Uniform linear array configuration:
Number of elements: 64
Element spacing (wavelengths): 0.25
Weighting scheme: blackman
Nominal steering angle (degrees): -30
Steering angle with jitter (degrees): -28.736
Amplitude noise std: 0.05
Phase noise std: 0.05

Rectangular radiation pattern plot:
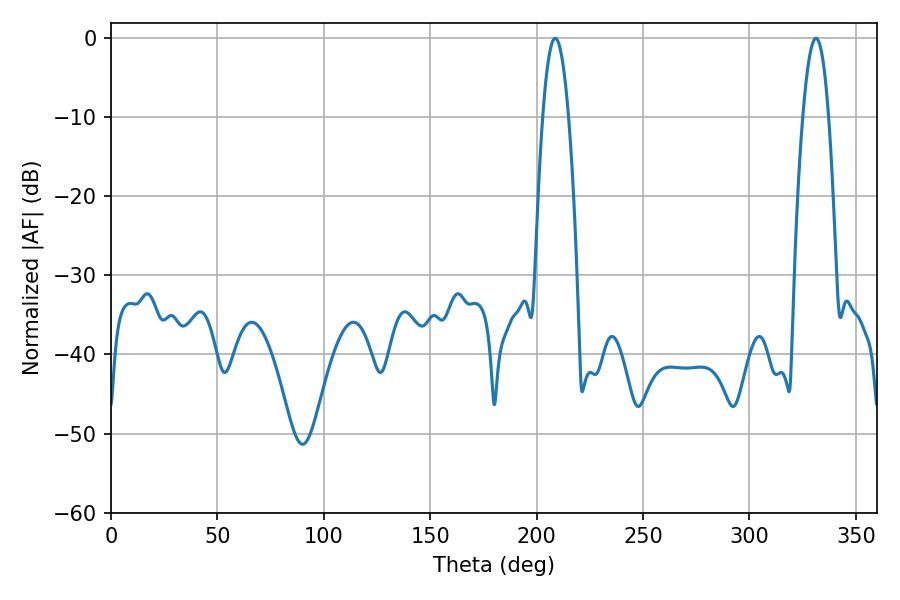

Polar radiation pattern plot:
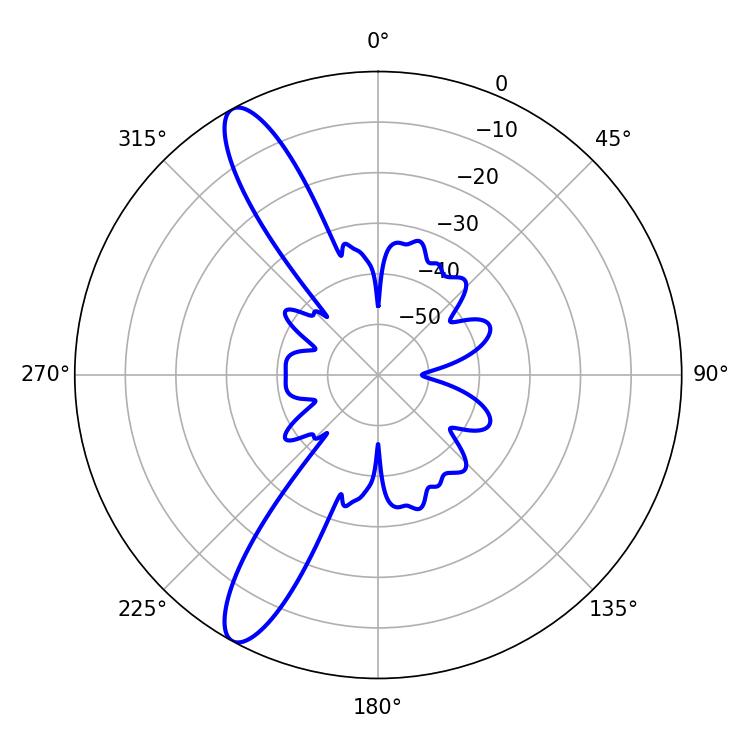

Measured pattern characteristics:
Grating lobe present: FALSE
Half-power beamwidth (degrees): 6.66
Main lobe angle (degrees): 208.8